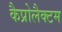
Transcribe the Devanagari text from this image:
कैप्रोलैक्टम